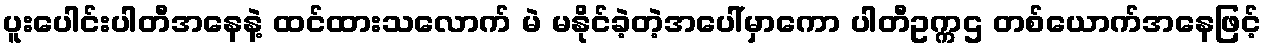
ပူးပေါင်းပါတီအနေနဲ့ ထင်ထားသလောက် မဲ မနိုင်ခဲ့တဲ့အပေါ်မှာကော ပါတီဥက္ကဌ တစ်ယောက်အနေဖြင့်